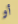
أو